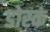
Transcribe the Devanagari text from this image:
डोस्कं